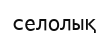
селолық